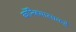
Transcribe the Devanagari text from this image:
कॉन्व्हियासाकडे